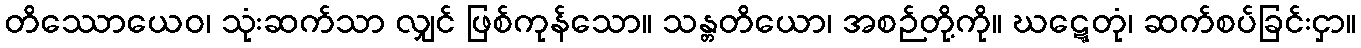
တိဿောယေဝ၊ သုံးဆက်သာ လျှင် ဖြစ်ကုန်သော။ သန္တတိယော၊ အစဉ်တို့ကို။ ဃဋ္ဋေတုံ၊ ဆက်စပ်ခြင်းငှာ။